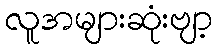
လူအများဆုံးဗျာ့